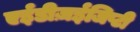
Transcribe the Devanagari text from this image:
एईडीज़ईजिप्टी